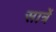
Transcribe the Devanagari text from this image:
सार्त्रे